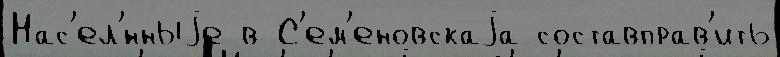
Нас'ел'́нныjе в С'ем'еновскаjа составправ'ить